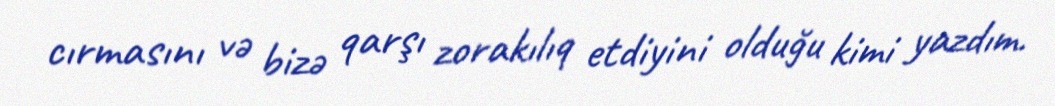
cırmasını və bizə qarşı zorakılıq etdiyini olduğu kimi yazdım.